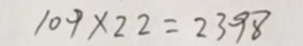
1 0 9 \times 2 2 = 2 3 9 8